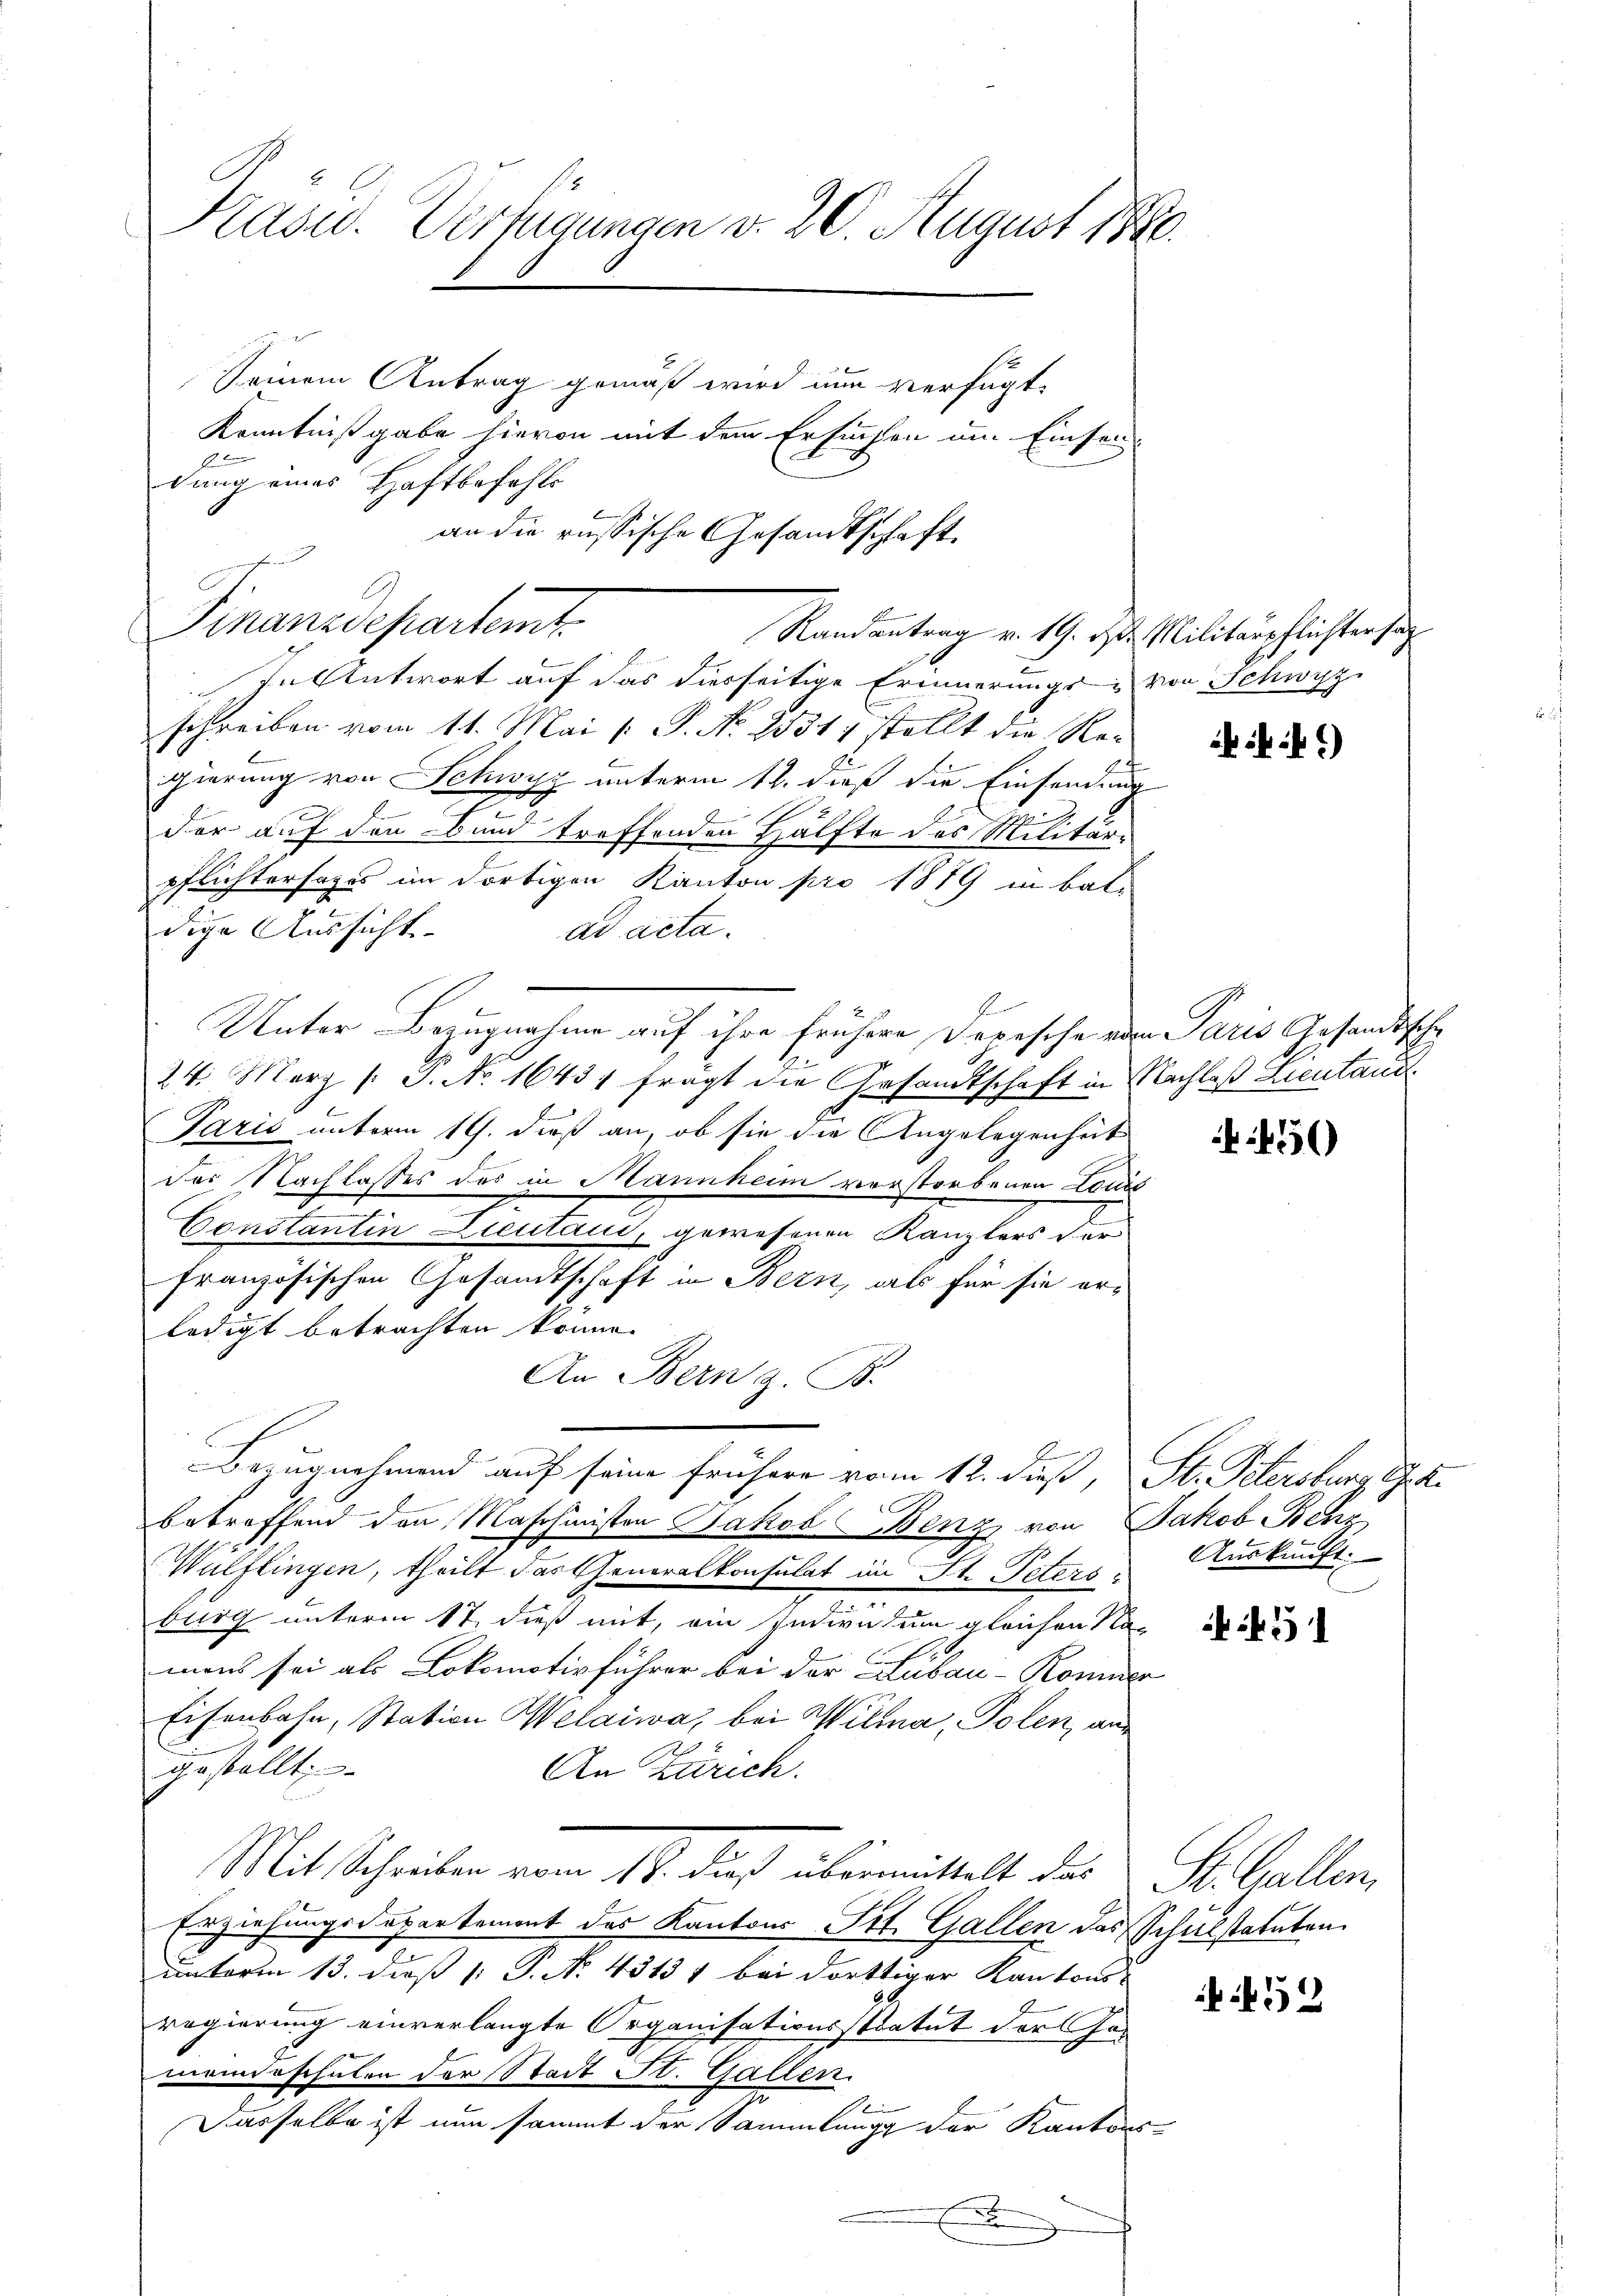
an die russische Gesandtschaft

Kasu. Verfügungen v. 20. August 1880.
Seinem Antrag gemäß wird nun verfügt:
Kenntnißgabe hievon mit dem Ersuchen um Einsen-
E
dung eines Haftbefehls

Finanzdepartemt
Randantrag v. 19. d. Militärpflichtersatz

In Antwort auf das diesseitige Erinnerungs- & von Schwyz
schreiben vom 11. Mai [ P. No 25311 stellt die Re-
gierung von Schwyz unterm 12. dieß die Einsendung

der auf den Bund treffenden Hälfte des Militär-
pflichtersages im dortigen Kanton pro 1879 in bal-
dige Aussicht-
ad acta.
Unter Bezugnahme auf ihre frühere Dorische von Paris Gesandtsche
24. März /: P. No. 1643 frägt die Gesandtschaft in Nachlaß Lientand
Paris unterm 19. dieß an, ob sie die Angelegenheit
der Nachlasses des in Mannheim verstorbenen Louis
7
Constantin Lieutaui, gewesenen Kanzlers der
französischen Gesandtschaft in Bern, als für sie erledigt betrachten könne.
An Bern z. B.
Bezugnehmend auf seine frühere vom 12. dieß, St. Petersburg, G. K.
betreffend den Maschinisten Jakob Benz von Jakob Benz
Wülflingen, theilt das Generalkonsulat im St. Peters-
burg unterm 17. dieß mit, ein Individum gleichen Na-
mans sei als Lokomotivführer bei der Lubau-Kommer
Eisenbahn, Station Welaiwa, bei Willa, Polen, an
u
gestellt,
An Zürich.
Mit Schreiben vom 17. dieß übermittelt der
Erziehungsdepartement des Kantons Tit. Gallen des Schulstatuten
unterm 13. dieß  P. No. 43131 bei dorttiger Kantons-
regierung einverlangte Organisationsstratut der Jomeindsschulen der Stadt St. Gallen.
A
Dasselbe ist nun sammt der Sammlung der Kantons
x

4)

56)

Auskunft.

if. 3

St. Gallen,

452